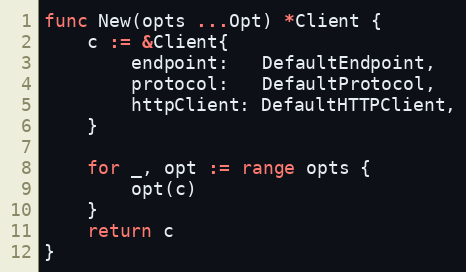
Language: Go
func New(opts ...Opt) *Client {
	c := &Client{
		endpoint:   DefaultEndpoint,
		protocol:   DefaultProtocol,
		httpClient: DefaultHTTPClient,
	}

	for _, opt := range opts {
		opt(c)
	}
	return c
}